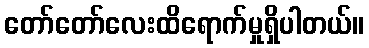
တော်တော်လေးထိရောက်မှုရှိပါတယ်။